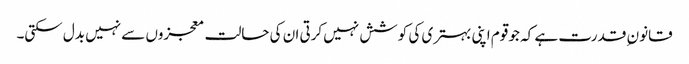
قانون ِ قدرت ہے کہ جو قوم اپنی بہتری کی کوشش نہیں کرتی ان کی حالت معجزوں سے نہیں بدل سکتی۔